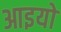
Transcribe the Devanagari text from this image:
आइयो